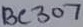
Text: BC307